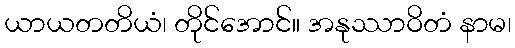
ယာယတတိယံ၊ တိုင်အောင်။ အနုဿာဝိတံ နာမ၊